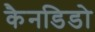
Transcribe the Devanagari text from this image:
कैनडिडो